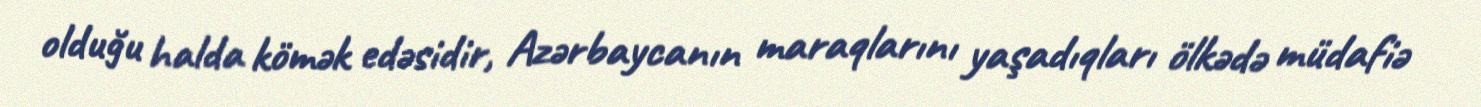
olduğu halda kömək edəsidir, Azərbaycanın maraqlarını yaşadıqları ölkədə müdafiə